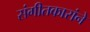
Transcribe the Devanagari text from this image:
संगीतकारांने